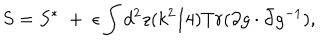
S = S ^ { * } \; + \; \epsilon \int d ^ { 2 } z ( k ^ { 2 } / 4 ) T r ( \partial g \cdot \bar { \partial } g ^ { - 1 } ) ,